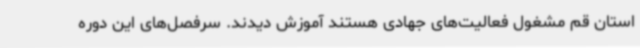
استان قم مشغول فعالیت‌های جهادی هستند آموزش دیدند. سرفصل‌های این دوره